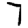
Digit: 7